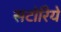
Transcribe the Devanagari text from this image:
सटोरिये